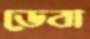
ডেবা